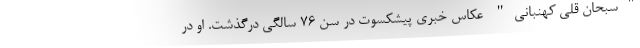
"سبحان قلی کهنبانی" عکاس خبری پیشکسوت در سن 76 سالگی درگذشت. او در